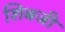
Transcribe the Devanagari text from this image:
शिबजी